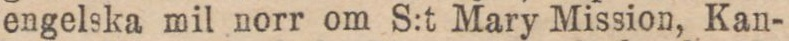
engelska mil norr om S:t Mary Mission, Kan-